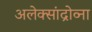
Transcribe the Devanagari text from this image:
अलेक्सांद्रोव्ना